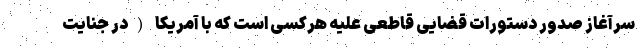
سرآغاز صدور دستورات قضایی قاطعی علیه هرکسی است که با آمریکا (در جنایت